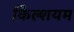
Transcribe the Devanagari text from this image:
कैिल्शयम